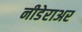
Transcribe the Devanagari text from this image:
नीडेराअर